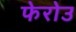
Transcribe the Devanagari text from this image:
फेरोउ